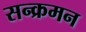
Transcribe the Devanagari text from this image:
सन्क्रमन